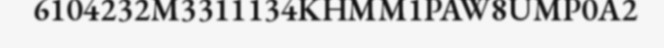
6104232M3311134KHMM1PAW8UMP0A2